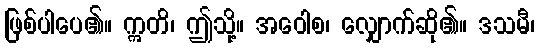
ဖြစ်ပါပေ၏။ ဣတိ၊ ဤသို့။ အဝေါစ၊ လျှောက်ဆို၏။ ဒသမီ၊